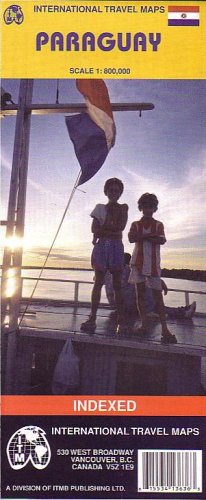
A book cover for Paraguay Map  (Travel Reference Map); International Travel Maps; Travel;